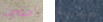
أحضرت صيانة